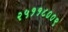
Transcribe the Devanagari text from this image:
२५११८००९